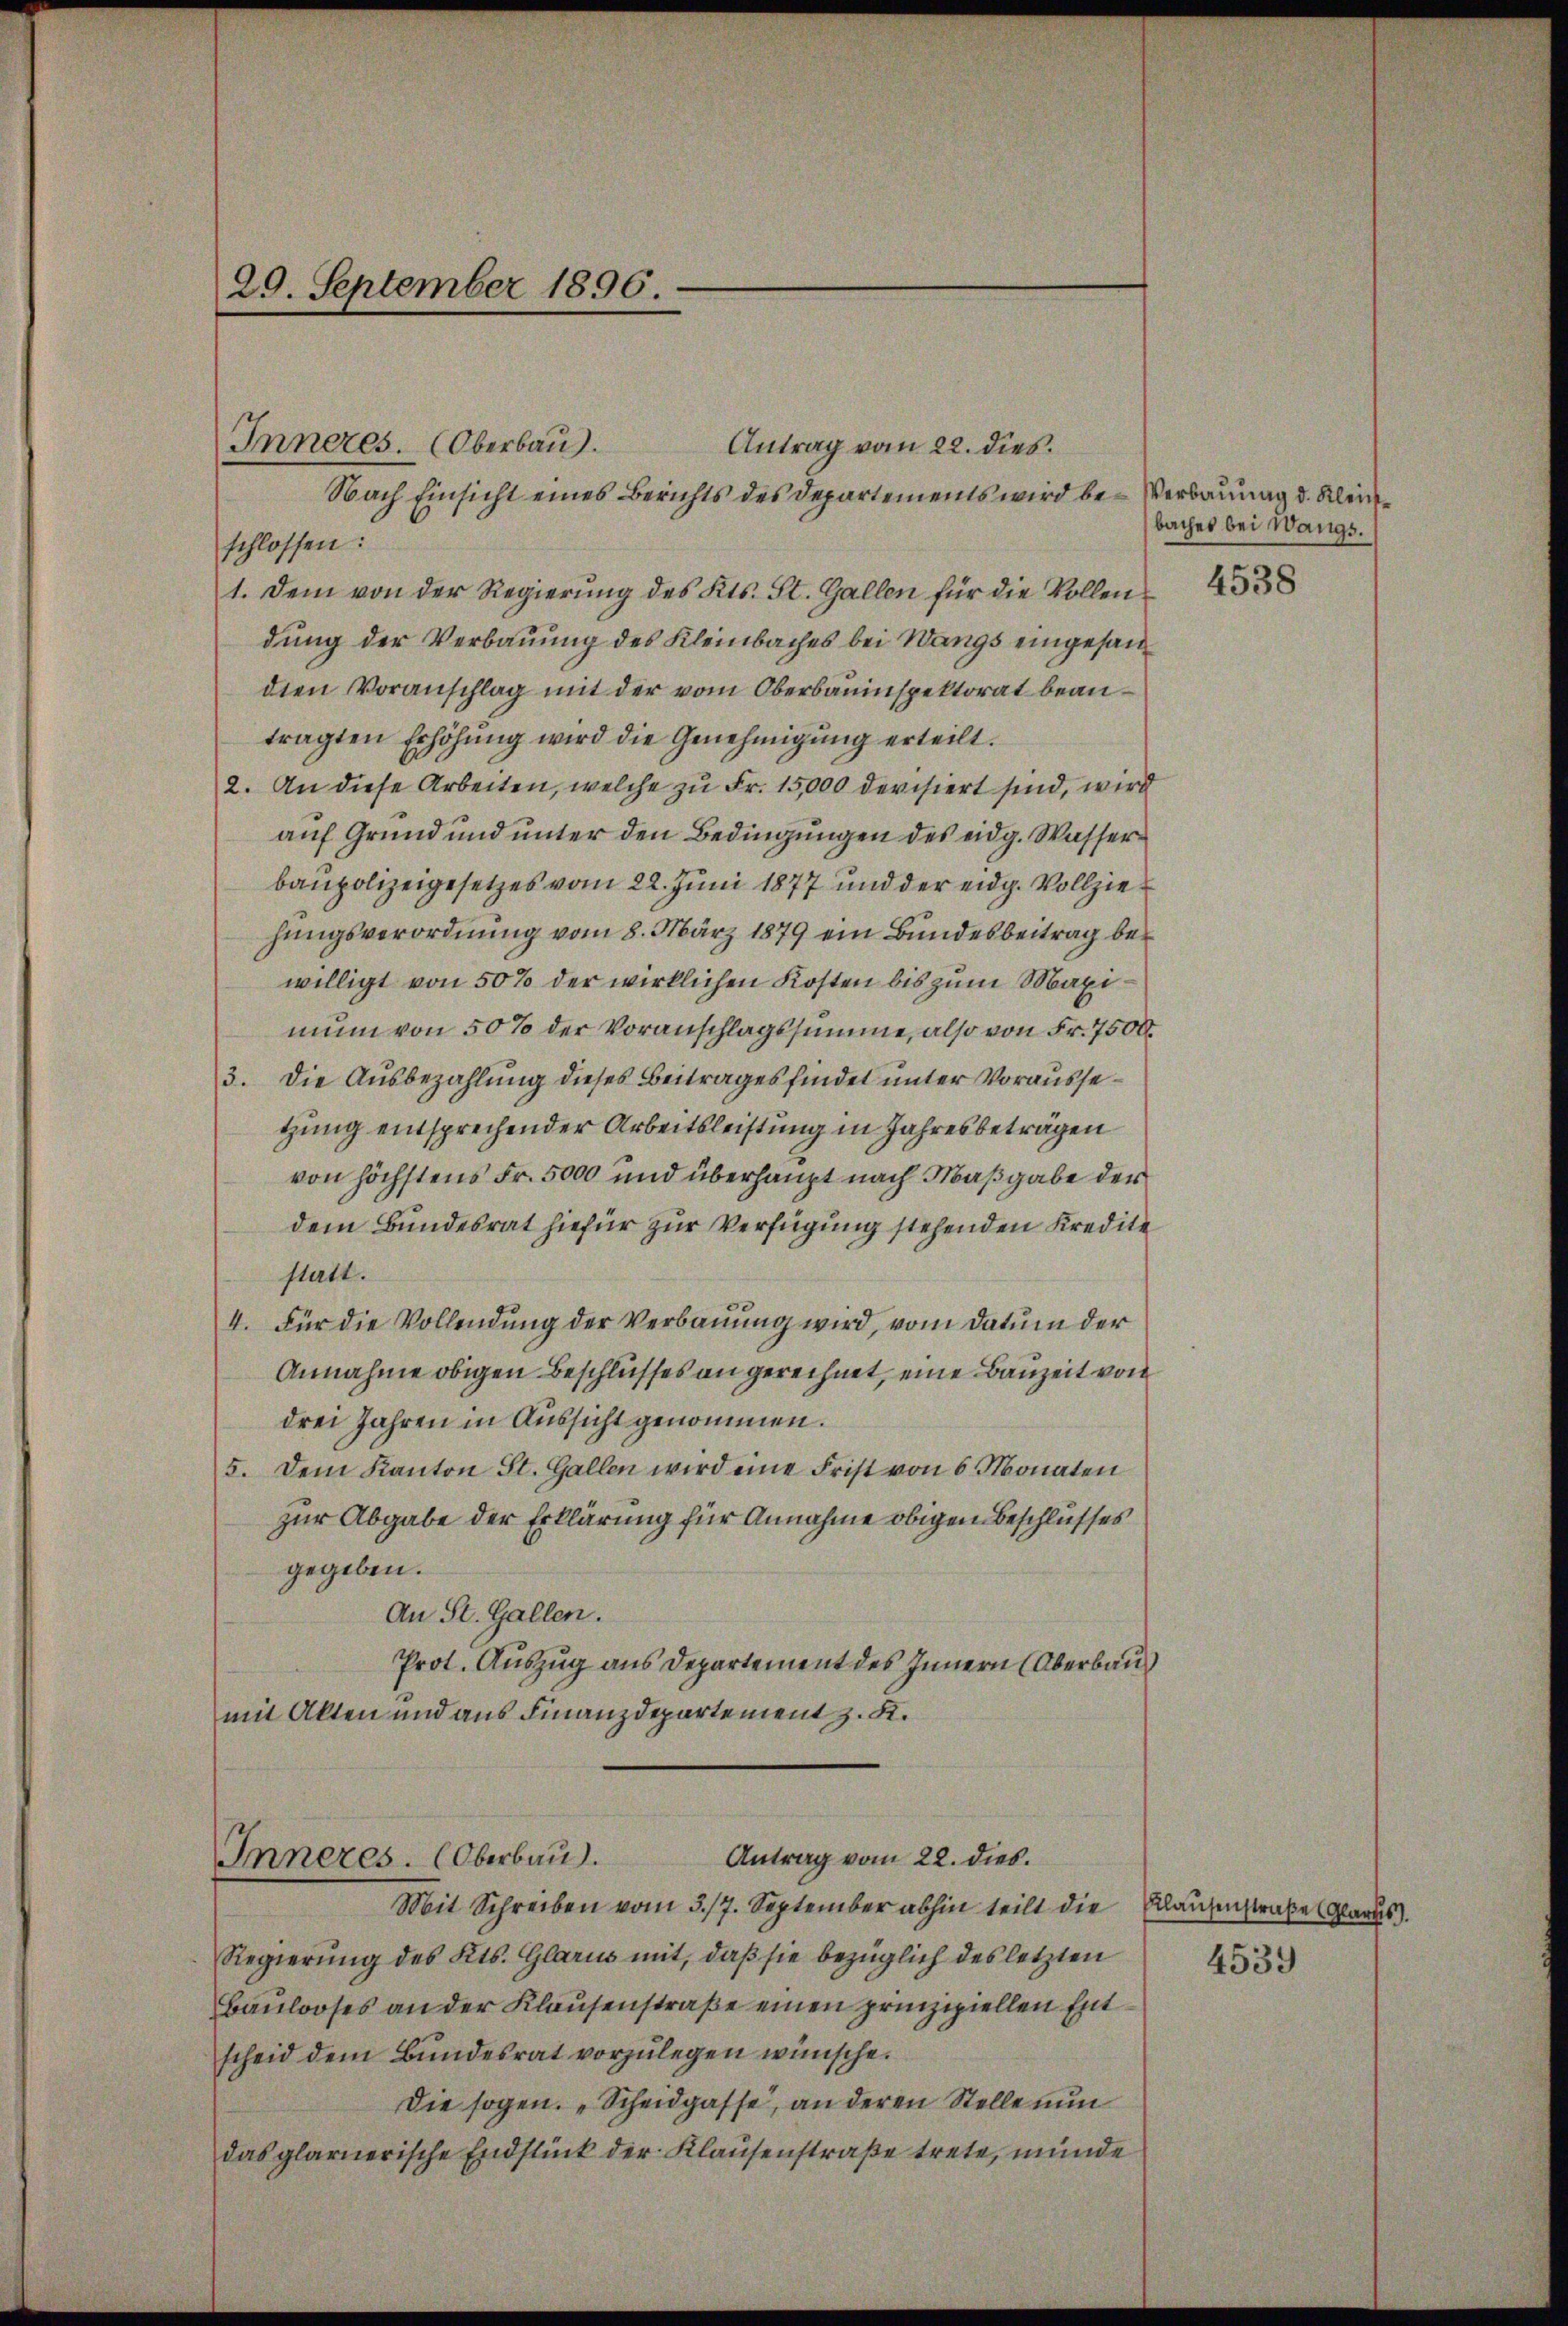
29. September 1896.

Inneres. (Oberbau
Antrag vom 22. dies.
Nach Einsicht eines Berichts des Departements wird be- Verbauung d. Kleischlossen:
1. Dem von der Regierŭng des Kts. St. Gallen für die Vollendung der Verbauung des Kleinbaches bei Wangs eingesandien Voranschlag mit der vom Oberbauinspektorat beantragten Erhöhŭng wird die Genehmigŭng erteilt.
2. An diese Arbeiten, welche zu Fr. 15,000 devisiert sind, wird
auf Grund und unter den Bedingungen des eidg. Wasserbaupolizeigesetzes vom 22. Juni 1877 und der eidg. Vollziehungsverordnung vom 8. März 1879 ein Bundesbeitrag bewilligt von 50% der wirklichen Kosten bis zum Maximum von 50% der Voranschlagssumme, also von Fr. 7500.
3. Die Ausbezahlung dieses Beitrages findet unter Voraussetzung entsprechender Arbeitsleistung in Jahresbeträgen
von höchstens Fr. 5000 und überhaupt nach Maßgabe der
dem Bundesrat hiefür zur Verfügung stehenden Kredite
statt.
4. Für die Vollendung der Verbauung wird, vom Datum der
Annahme obigen Beschlusses an gerechnet, eine Bauzeit von
drei Jahren in Aussicht genommen.
5. Dem Kanton St. Gallen wird eine Frist von 6 Monaten
zur Abgabe der Erklärung für Annahme obigen Beschlusses
gegeben.
An St. Gallen.
Prot. Auszug aus Departement des Innern (Oberbau
mit Akten und aus Finanzdepartement z. K.

¬
Antrag vom 22. dies.
Inneres. (Oberbau.

Mit Schreiben vom 3./7. September abhin teilt die Klausenstraße Glarus.
Regierung des Kts. Glarus mit, daß sie bezüglich des letzten
Baulooses an der Klausenstraße einen prinzipiellen Entscheid dem Bundesrat vorzulegen wünsche.
Die sogen. „Scheidgasse, an deren Stelle nun
das glarnerische Endstück der Klausenstraße trete, münde

baches bei Wangs.

4538

4539